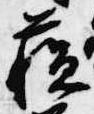
蘇